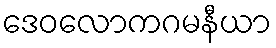
ဒေဝလောကဂမနီယာ